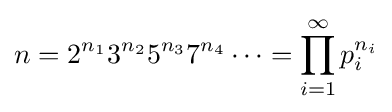
n=2^{n_{1}}3^{n_{2}}5^{n_{3}}7^{n_{4}}\cdots =\prod _{i=1}^{\infty }p_{i}^{n_{i}}